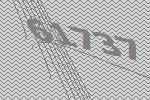
61737